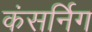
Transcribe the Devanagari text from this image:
कंसर्निग